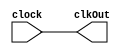
module clockChecker(clock, clkOut);
	input clock;
	output clkOut;
	
	assign clkOut = clock;

endmodule